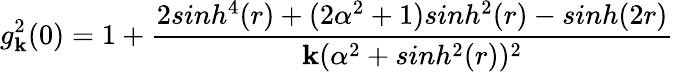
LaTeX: g_{\mathbf{k}}^{2}(0)=1+\frac{{2sinh^{4}(r)+(2\alpha^{2}+1)sinh^{2}(r)-sinh(2r)}}{{\mathbf{k}(\alpha^{2}+sinh^{2}(r))^{2}}}